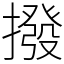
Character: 撥